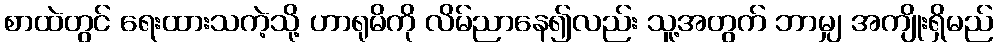
စာထဲတွင် ရေးထားသကဲ့သို့ ဟာရုမိကို လိမ်ညာနေ၍လည်း သူ့အတွက် ဘာမျှ အကျိုးရှိမည်